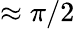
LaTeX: \approx\pi/2